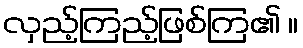
လှည့်ကြည့်ဖြစ်ကြ၏ ။